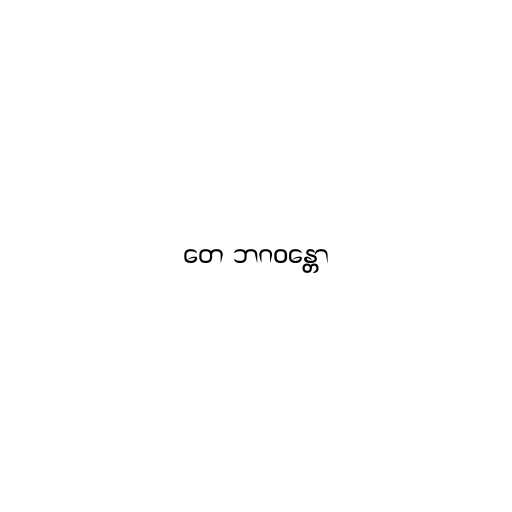
တေ ဘဂဝန္တော